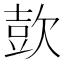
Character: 㰻